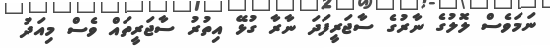
ނަމަވެސް ލޮލުގެ ނާރުގެ ސާޖަރީފަދަ ނާރާ ގުޅޭ އިތުރު ސާޖަރީތައް ވެސް މިއަދު